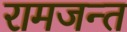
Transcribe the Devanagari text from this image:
रामजन्त